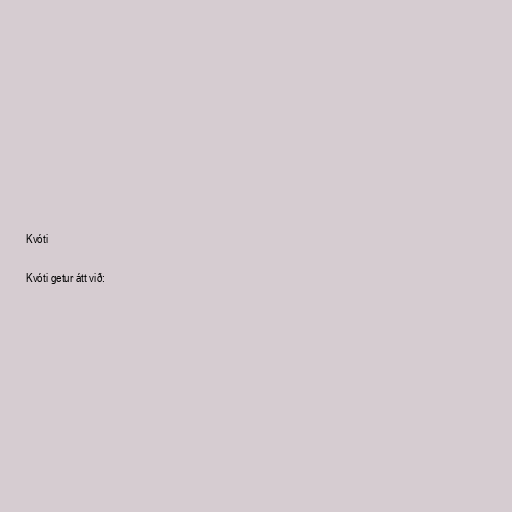
Kvóti

Kvóti getur átt við: